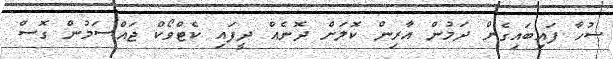
ސުހާ ފައިބައިގެން ދަމުން އާރިން ކޮލަށް ދޮނެއް ދީފައި ކެޓްވޯކް ޖައްސަމުން ގޮސް